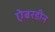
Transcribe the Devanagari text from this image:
ऐबरडीन